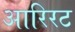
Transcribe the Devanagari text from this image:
आरिरट